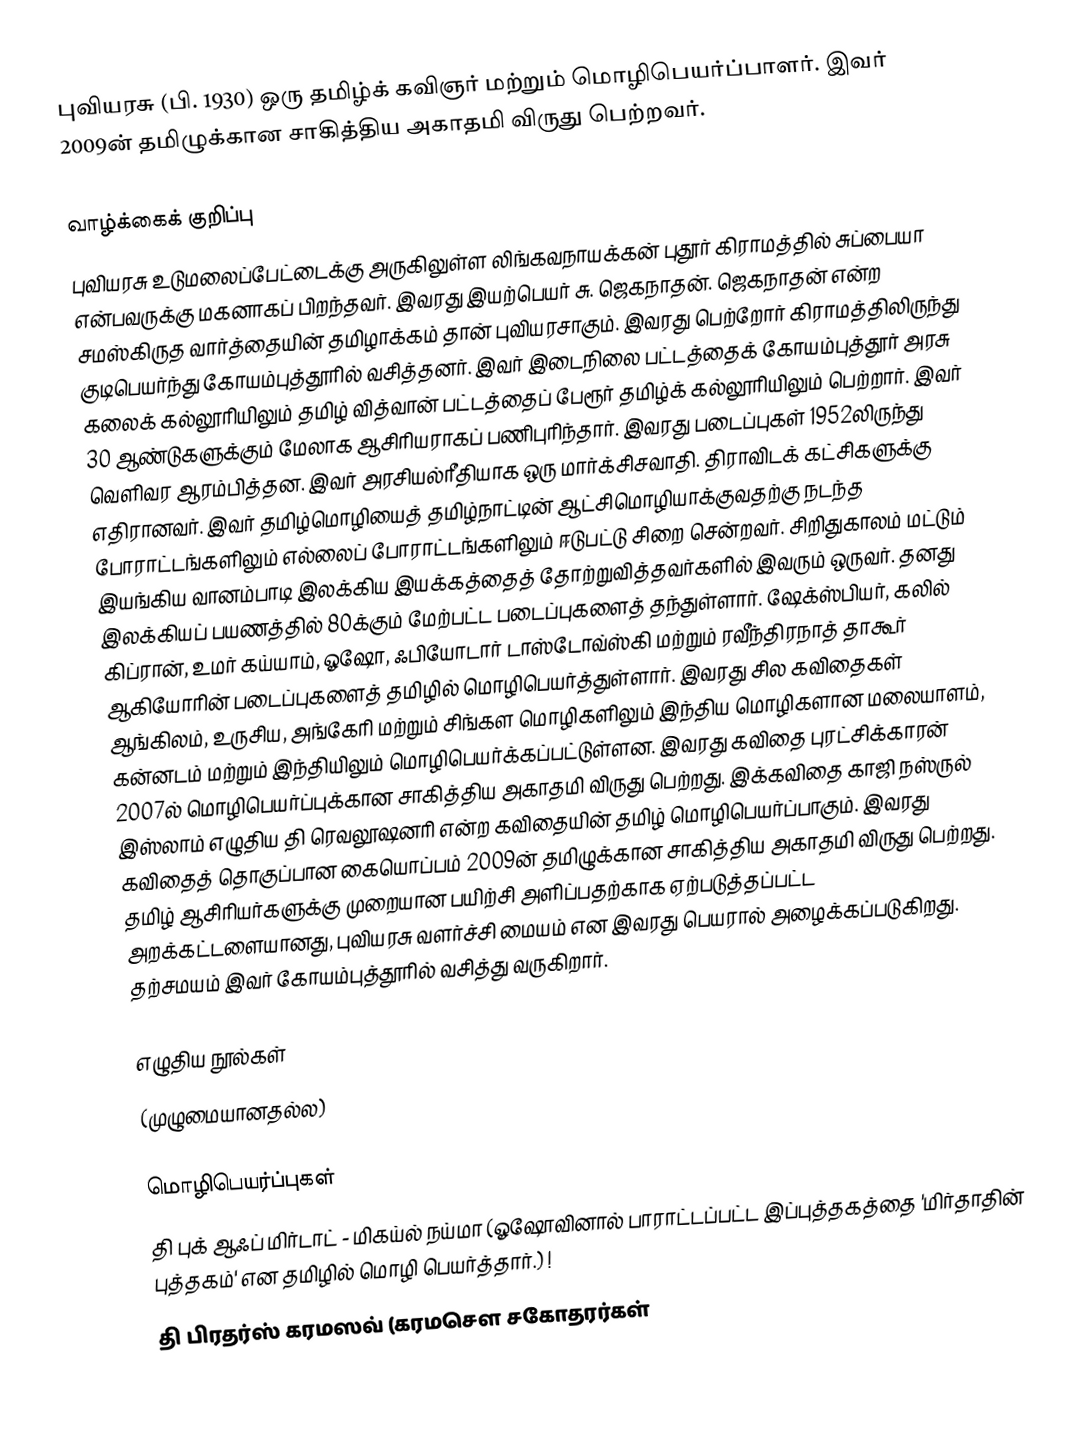
புவியரசு (பி. 1930) ஒரு தமிழ்க் கவிஞர் மற்றும் மொழிபெயர்ப்பாளர். இவர் 2009ன் தமிழுக்கான சாகித்திய அகாதமி விருது பெற்றவர்.

வாழ்க்கைக் குறிப்பு
புவியரசு உடுமலைப்பேட்டைக்கு அருகிலுள்ள லிங்கவநாயக்கன் புதூர் கிராமத்தில் சுப்பையா என்பவருக்கு மகனாகப் பிறந்தவர். இவரது இயற்பெயர் சு. ஜெகநாதன். ஜெகநாதன் என்ற சமஸ்கிருத வார்த்தையின் தமிழாக்கம் தான் புவியரசாகும். இவரது பெற்றோர் கிராமத்திலிருந்து குடிபெயர்ந்து கோயம்புத்தூரில் வசித்தனர். இவர் இடைநிலை பட்டத்தைக் கோயம்புத்தூர் அரசு கலைக் கல்லூரியிலும் தமிழ் வித்வான் பட்டத்தைப் பேரூர் தமிழ்க் கல்லூரியிலும் பெற்றார்.  இவர் 30 ஆண்டுகளுக்கும் மேலாக ஆசிரியராகப் பணிபுரிந்தார். இவரது படைப்புகள் 1952லிருந்து வெளிவர ஆரம்பித்தன. இவர் அரசியல்ரீதியாக ஒரு மார்க்சிசவாதி. திராவிடக் கட்சிகளுக்கு எதிரானவர். இவர் தமிழ்மொழியைத் தமிழ்நாட்டின் ஆட்சிமொழியாக்குவதற்கு நடந்த போராட்டங்களிலும் எல்லைப் போராட்டங்களிலும் ஈடுபட்டு சிறை சென்றவர். சிறிதுகாலம் மட்டும் இயங்கிய வானம்பாடி இலக்கிய இயக்கத்தைத் தோற்றுவித்தவர்களில் இவரும் ஒருவர். தனது இலக்கியப் பயணத்தில் 80க்கும் மேற்பட்ட படைப்புகளைத் தந்துள்ளார். ஷேக்ஸ்பியர், கலில் கிப்ரான், உமர் கய்யாம், ஓஷோ, ஃபியோடார் டாஸ்டோவ்ஸ்கி மற்றும் ரவீந்திரநாத் தாகூர் ஆகியோரின் படைப்புகளைத் தமிழில் மொழிபெயர்த்துள்ளார்.  இவரது சில கவிதைகள் ஆங்கிலம், உருசிய, அங்கேரி மற்றும் சிங்கள மொழிகளிலும் இந்திய மொழிகளான மலையாளம், கன்னடம் மற்றும் இந்தியிலும் மொழிபெயர்க்கப்பட்டுள்ளன. இவரது கவிதை புரட்சிக்காரன் 2007ல் மொழிபெயர்ப்புக்கான சாகித்திய அகாதமி விருது பெற்றது. இக்கவிதை காஜி நஸ்ருல் இஸ்லாம் எழுதிய தி ரெவலூஷனரி என்ற கவிதையின் தமிழ் மொழிபெயர்ப்பாகும்.  இவரது கவிதைத் தொகுப்பான கையொப்பம் 2009ன் தமிழுக்கான சாகித்திய அகாதமி விருது பெற்றது. தமிழ் ஆசிரியர்களுக்கு முறையான பயிற்சி அளிப்பதற்காக ஏற்படுத்தப்பட்ட அறக்கட்டளையானது,  புவியரசு வளர்ச்சி மையம் என  இவரது பெயரால் அழைக்கப்படுகிறது. தற்சமயம் இவர் கோயம்புத்தூரில் வசித்து வருகிறார்.

எழுதிய நூல்கள்
(முழுமையானதல்ல)

மொழிபெயர்ப்புகள்
தி புக் ஆஃப் மிர்டாட் -  மிகய்ல் நய்மா (ஓஷோவினால் பாராட்டப்பட்ட இப்புத்தகத்தை 'மிர்தாதின் புத்தகம்' என தமிழில் மொழி பெயர்த்தார்.) !
தி பிரதர்ஸ் கரமஸவ் (கரமசௌ சகோதரர்கள்